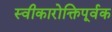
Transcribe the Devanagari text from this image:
स्वीकारोक्तिपूर्वक